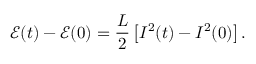
\mathcal { E } ( t ) - \mathcal { E } ( 0 ) = \frac { L } { 2 } \left[ I ^ { 2 } ( t ) - I ^ { 2 } ( 0 ) \right] .